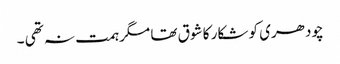
چودھری کو شکار کا شوق تھا مگر ہمت نہ تھی ۔